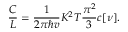
\frac { C } { L } = \frac { 1 } { 2 \pi \hbar v } K ^ { 2 } T \frac { \pi ^ { 2 } } { 3 } c [ \nu ] .